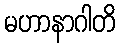
မဟာနာဂါတိ